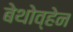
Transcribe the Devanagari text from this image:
बेथोव्हेन